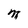
Character: M